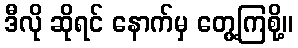
ဒီလို ဆိုရင် နောက်မှ တွေ့ကြစို့။